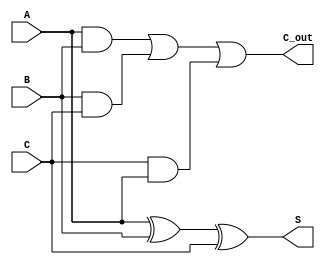
module carry_save_adder (
    input [N-1:0] A, // First operand
    input [N-1:0] B, // Second operand
    input [N-1:0] C, // Third operand
    output [N-1:0] S, // Sum output
    output [N-1:0] C_out // Carry output
);
    parameter N = 8; // Bit width

    // Intermediate wires for sum and carry
    wire [N-1:0] sum1, carry1;
    wire [N-1:0] sum2, carry2;

    // First level of CSA
    assign sum1 = A ^ B ^ C; // Sum output for the first level
    assign carry1 = (A & B) | (B & C) | (C & A); // Carry output for the first level

    // Second level (if needed, can be expanded)
    // Here we assume we have another set of inputs for the next level
    // For simplicity, we will just use the carry and sum from the first level
    assign sum2 = sum1; // Pass through for now
    assign carry2 = carry1; // Pass through for now

    // Final outputs
    assign S = sum2; // Final sum output
    assign C_out = carry2; // Final carry output

endmodule